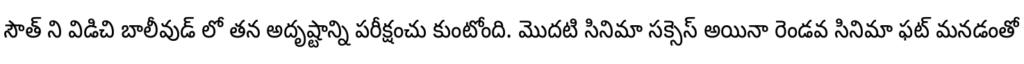
సౌత్ ని విడిచి బాలీవుడ్ లో తన అదృష్టాన్ని పరీక్షంచు కుంటోంది. మొదటి సినిమా సక్సెస్ అయినా రెండవ సినిమా ఫట్ మనడంతో